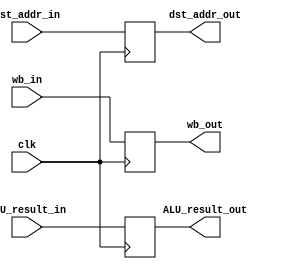
module MEM_WB(
    //outputs
    output wb_out,
    output [31:0]ALU_result_out,
    output [4:0]dst_addr_out,
    //Inputs
    input wb_in,
    input [31:0]ALU_result_in,
    input [4:0]dst_addr_in,
    input clk
);
reg wb;
reg [31:0]ALU_result;
reg [4:0]dst_addr;
always @(negedge clk) begin
    wb <= wb_in;
    ALU_result <= ALU_result_in;
    dst_addr <= dst_addr_in;
end

assign wb_out = wb;
assign ALU_result_out = ALU_result;
assign dst_addr_out = dst_addr;

endmodule